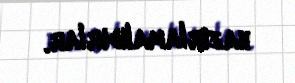
hazırlamalıdırlar.